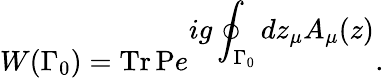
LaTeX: W(\Gamma_{0})=\mathrm{Tr\, P}e^{\displaystyle ig\oint_{\Gamma_{0}}dz_{\mu}A_{\mu}(z)}.